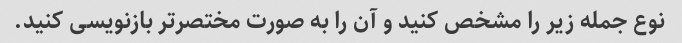
نوع جمله زیر را مشخص کنید و آن را به صورت مختصرتر بازنویسی کنید.